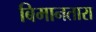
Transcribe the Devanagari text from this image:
बिमानतारा